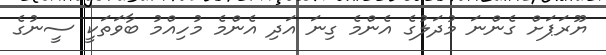
ޔޫރަޕަށް ގެންނަ މުދަލުގެ އެންމެ ގިނަ އަދި އެންމެ މުހިއްމު ބާވަތަކީ ސީނުގެ